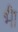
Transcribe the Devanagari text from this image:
भ्‍ीा